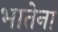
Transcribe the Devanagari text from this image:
भातेना